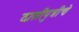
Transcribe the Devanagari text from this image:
दासीपुत्रीचे